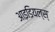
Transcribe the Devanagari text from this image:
आइडियल्स्‌